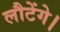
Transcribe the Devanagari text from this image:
लौटेंगे।